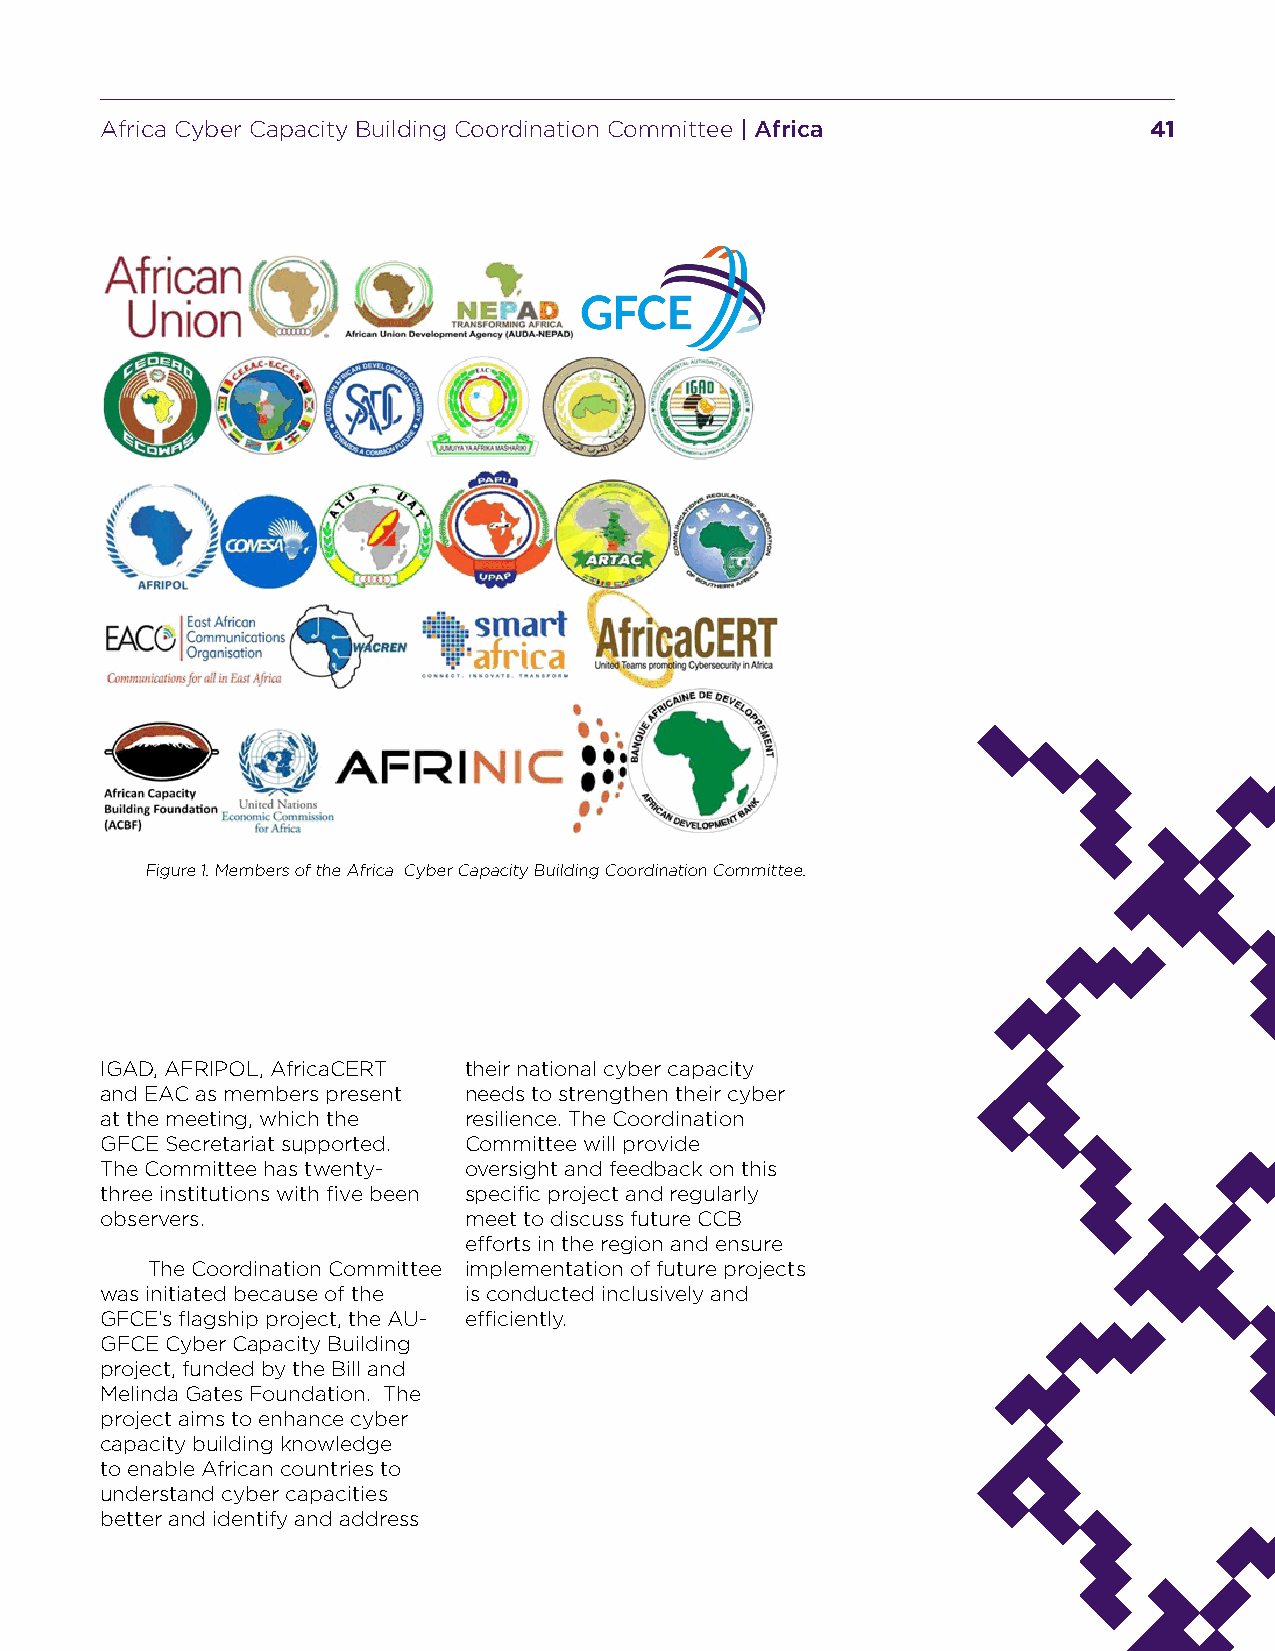
Africa Cyber Capacity Building Coordination Committee | Africa       41
 Figure 1. Members of the Africa Cyber Capacity Building Coordination Committee.
 IGAD, AFRIPOL, AfricaCERT their national cyber capacity
 and EAC as members present needs to strengthen their cyber
 at the meeting, which the resilience. The Coordination
 GFCE Secretariat supported. Committee will provide
 The Committee has twenty- oversight and feedback on this
 three institutions with five been specific project and regularly
 observers.              meet to discuss future CCB
 efforts in the region and ensure
 The Coordination Committee implementation of future projects
 was initiated because of the is conducted inclusively and
 GFCE’s flagship project, the AU- efficiently.
 GFCE Cyber Capacity Building
 project, funded by the Bill and
 Melinda Gates Foundation. The
 project aims to enhance cyber
 capacity building knowledge
 to enable African countries to
 understand cyber capacities
 better and identify and address